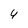
Character: 4